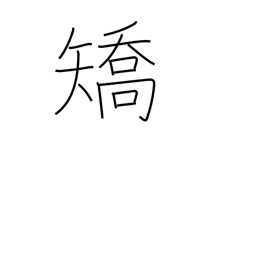
Meaning: cure